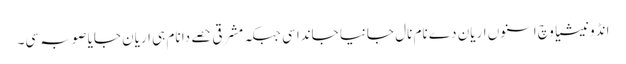
انڈونیشیا وچ اسنوں اریان دے نام نال جانیا جاندا سی جبکہ مشرقی حصے دا نام ہی اریان جایا صوبہ سی۔